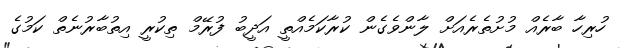
ހުރިހާ ބާރެއް މުށުތެރެއަށް ލާންވެގެން ކުރާކަމެއްތީ އަދީބު ފުރޭމް ތިކުރީ އިތުބާރުނެތް ކަމުގެ